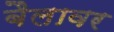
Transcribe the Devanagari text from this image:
बैलावर